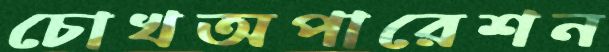
চোখঅপারেশন